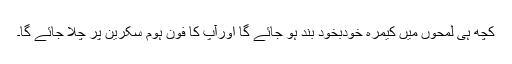
کچھ ہی لمحوں میں کیمرہ خودبخود بند ہو جائے گا اورآپ کا فون ہوم سکرین پر چلا جائے گا۔